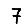
Digit: 7